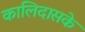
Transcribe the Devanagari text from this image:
कालिदासके